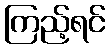
ကြည့်ရင်